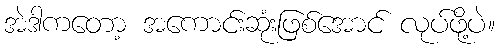
အဲဒါကတော့ အကောင်းဆုံးဖြစ်အောင် လုပ်ဖို့ပဲ။